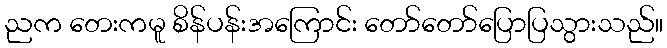
ညက တေးကမူ စိန်ပန်းအကြောင်း တော်တော်ပြောပြသွားသည်။